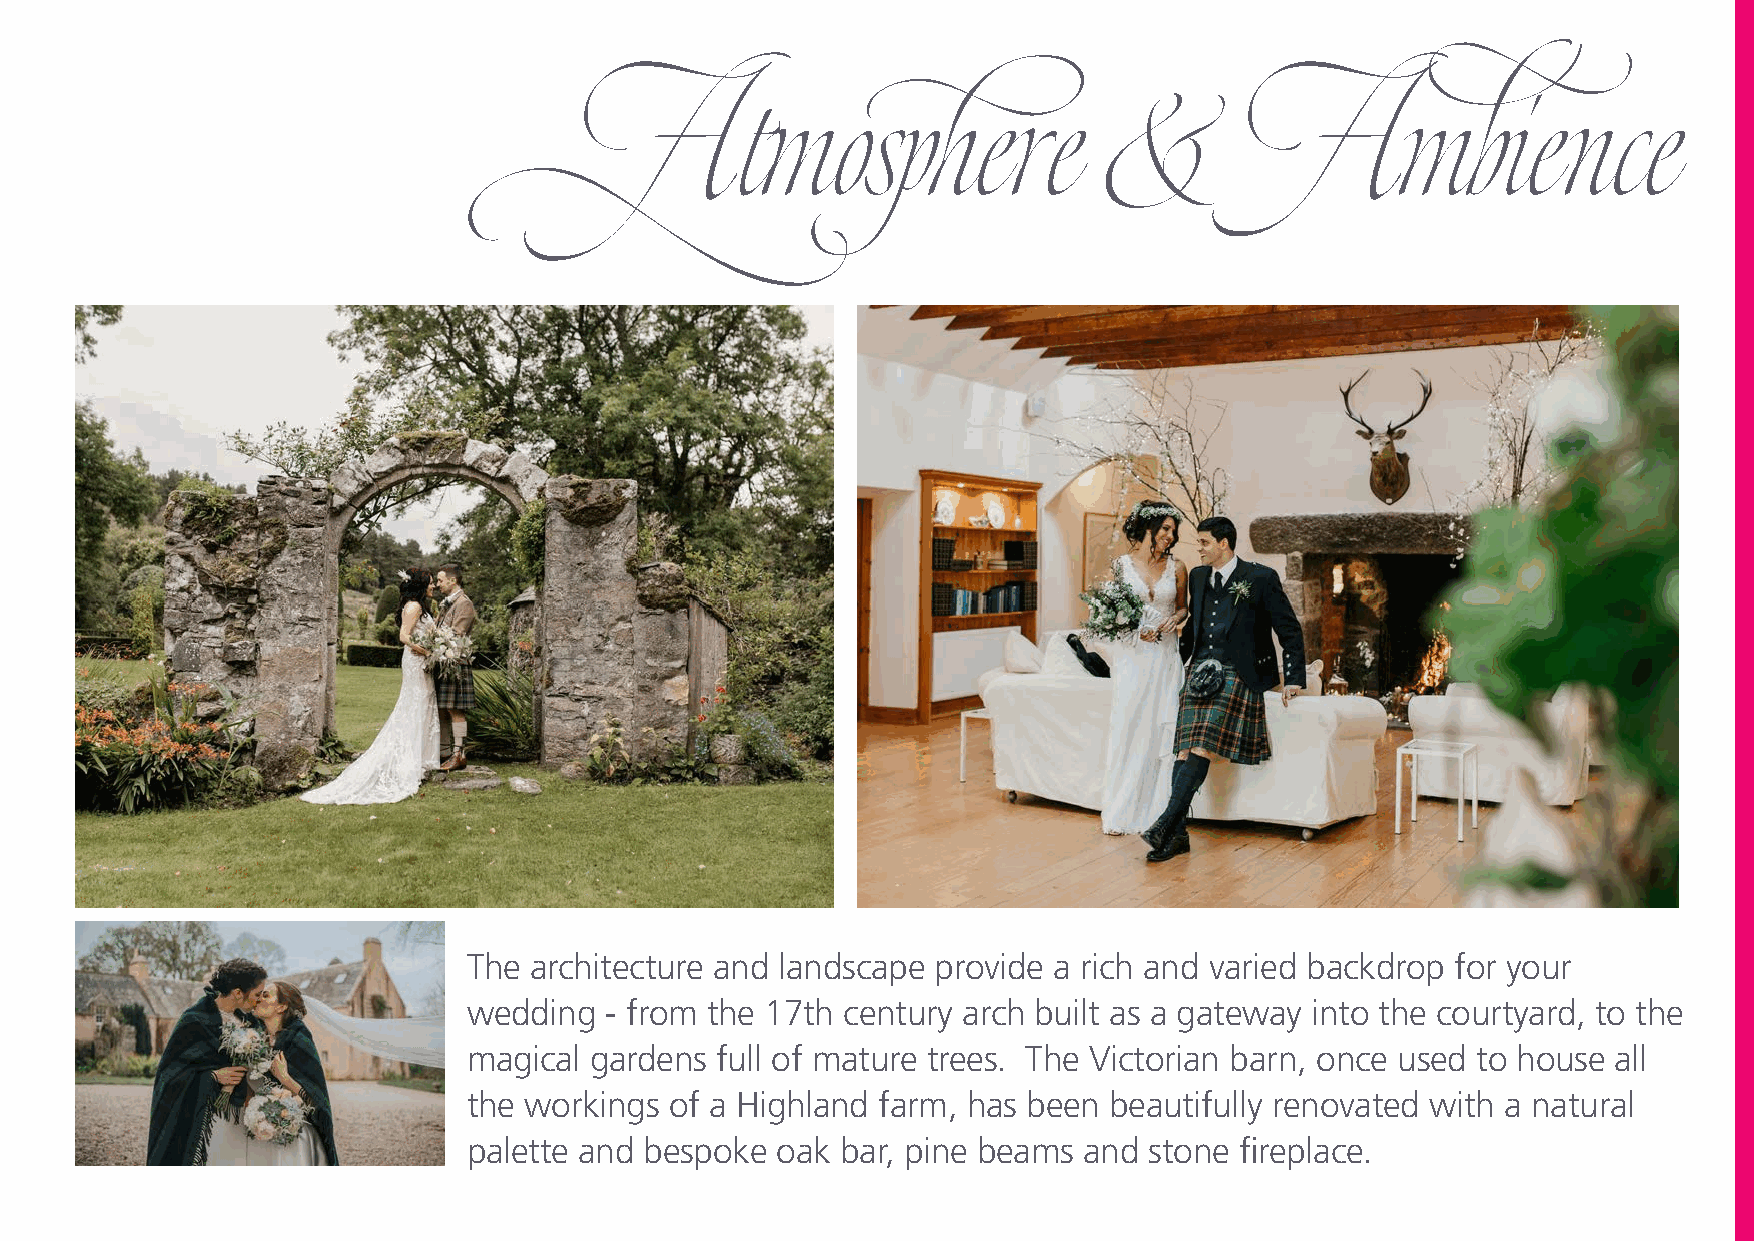
Atmosphere                         &        Ambie                 nce
 The architecture and landscape provide a rich and varied backdrop for your
 wedding  - from the 17th century arch built as a gateway into the courtyard, to the
 magical gardens full of mature trees. The Victorian barn, once used to house all
 the workings of a Highland farm, has been beautifully renovated with a natural
 palette and bespoke oak  bar, pine beams and stone fireplace.